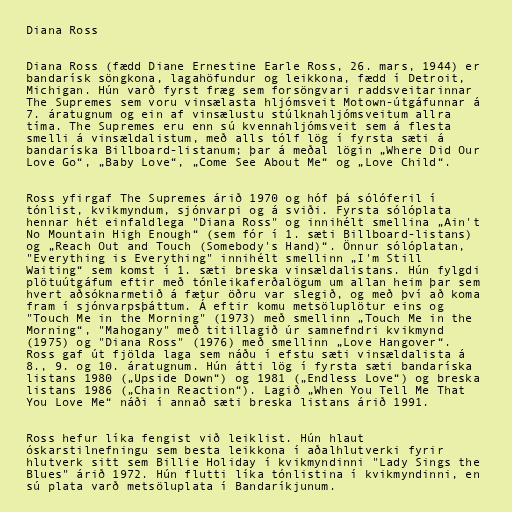
Diana Ross

Diana Ross (fædd Diane Ernestine Earle Ross, 26. mars, 1944) er
bandarísk söngkona, lagahöfundur og leikkona, fædd í Detroit,
Michigan. Hún varð fyrst fræg sem forsöngvari raddsveitarinnar
The Supremes sem voru vinsælasta hljómsveit Motown-útgáfunnar á
7. áratugnum og ein af vinsælustu stúlknahljómsveitum allra
tíma. The Supremes eru enn sú kvennahljómsveit sem á flesta
smelli á vinsældalistum, með alls tólf lög í fyrsta sæti á
bandaríska Billboard-listanum; þar á meðal lögin „Where Did Our
Love Go“, „Baby Love“, „Come See About Me“ og „Love Child“.

Ross yfirgaf The Supremes árið 1970 og hóf þá sólóferil í
tónlist, kvikmyndum, sjónvarpi og á sviði. Fyrsta sólóplata
hennar hét einfaldlega "Diana Ross" og innihélt smellina „Ain't
No Mountain High Enough“ (sem fór í 1. sæti Billboard-listans)
og „Reach Out and Touch (Somebody's Hand)“. Önnur sólóplatan,
"Everything is Everything" innihélt smellinn „I'm Still
Waiting“ sem komst í 1. sæti breska vinsældalistans. Hún fylgdi
plötuútgáfum eftir með tónleikaferðalögum um allan heim þar sem
hvert aðsóknarmetið á fætur öðru var slegið, og með því að koma
fram í sjónvarpsþáttum. Á eftir komu metsöluplötur eins og
"Touch Me in the Morning" (1973) með smellinn „Touch Me in the
Morning“, "Mahogany" með titillagið úr samnefndri kvikmynd
(1975) og "Diana Ross" (1976) með smellinn „Love Hangover“.
Ross gaf út fjölda laga sem náðu í efstu sæti vinsældalista á
8., 9. og 10. áratugnum. Hún átti lög í fyrsta sæti bandaríska
listans 1980 („Upside Down“) og 1981 („Endless Love“) og breska
listans 1986 („Chain Reaction“). Lagið „When You Tell Me That
You Love Me“ náði í annað sæti breska listans árið 1991.

Ross hefur líka fengist við leiklist. Hún hlaut
óskarstilnefningu sem besta leikkona í aðalhlutverki fyrir
hlutverk sitt sem Billie Holiday í kvikmyndinni "Lady Sings the
Blues" árið 1972. Hún flutti líka tónlistina í kvikmyndinni, en
sú plata varð metsöluplata í Bandaríkjunum.